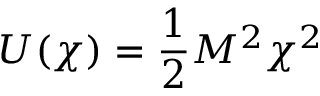
U ( \chi ) = { \frac { 1 } { 2 } } M ^ { 2 } \chi ^ { 2 }